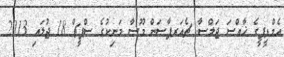
އެމްޑީޕީގެ ޚާއްސަ ޖަލްސާ: ޗެއަރޕާސަން މޫސާ މަނިކުގެ ސްޕީޗް 18 ޖުލައި 2013